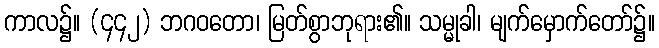
ကာလ၌။ (၄၄၂) ဘဂဝတော၊ မြတ်စွာဘုရား၏။ သမ္မုခါ၊ မျက်မှောက်တော်၌။